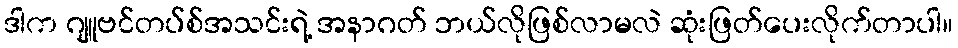
ဒါက ဂျူဗင်တပ်စ်အသင်းရဲ့ အနာဂတ် ဘယ်လိုဖြစ်လာမလဲ ဆုံးဖြတ်ပေးလိုက်တာပါ။